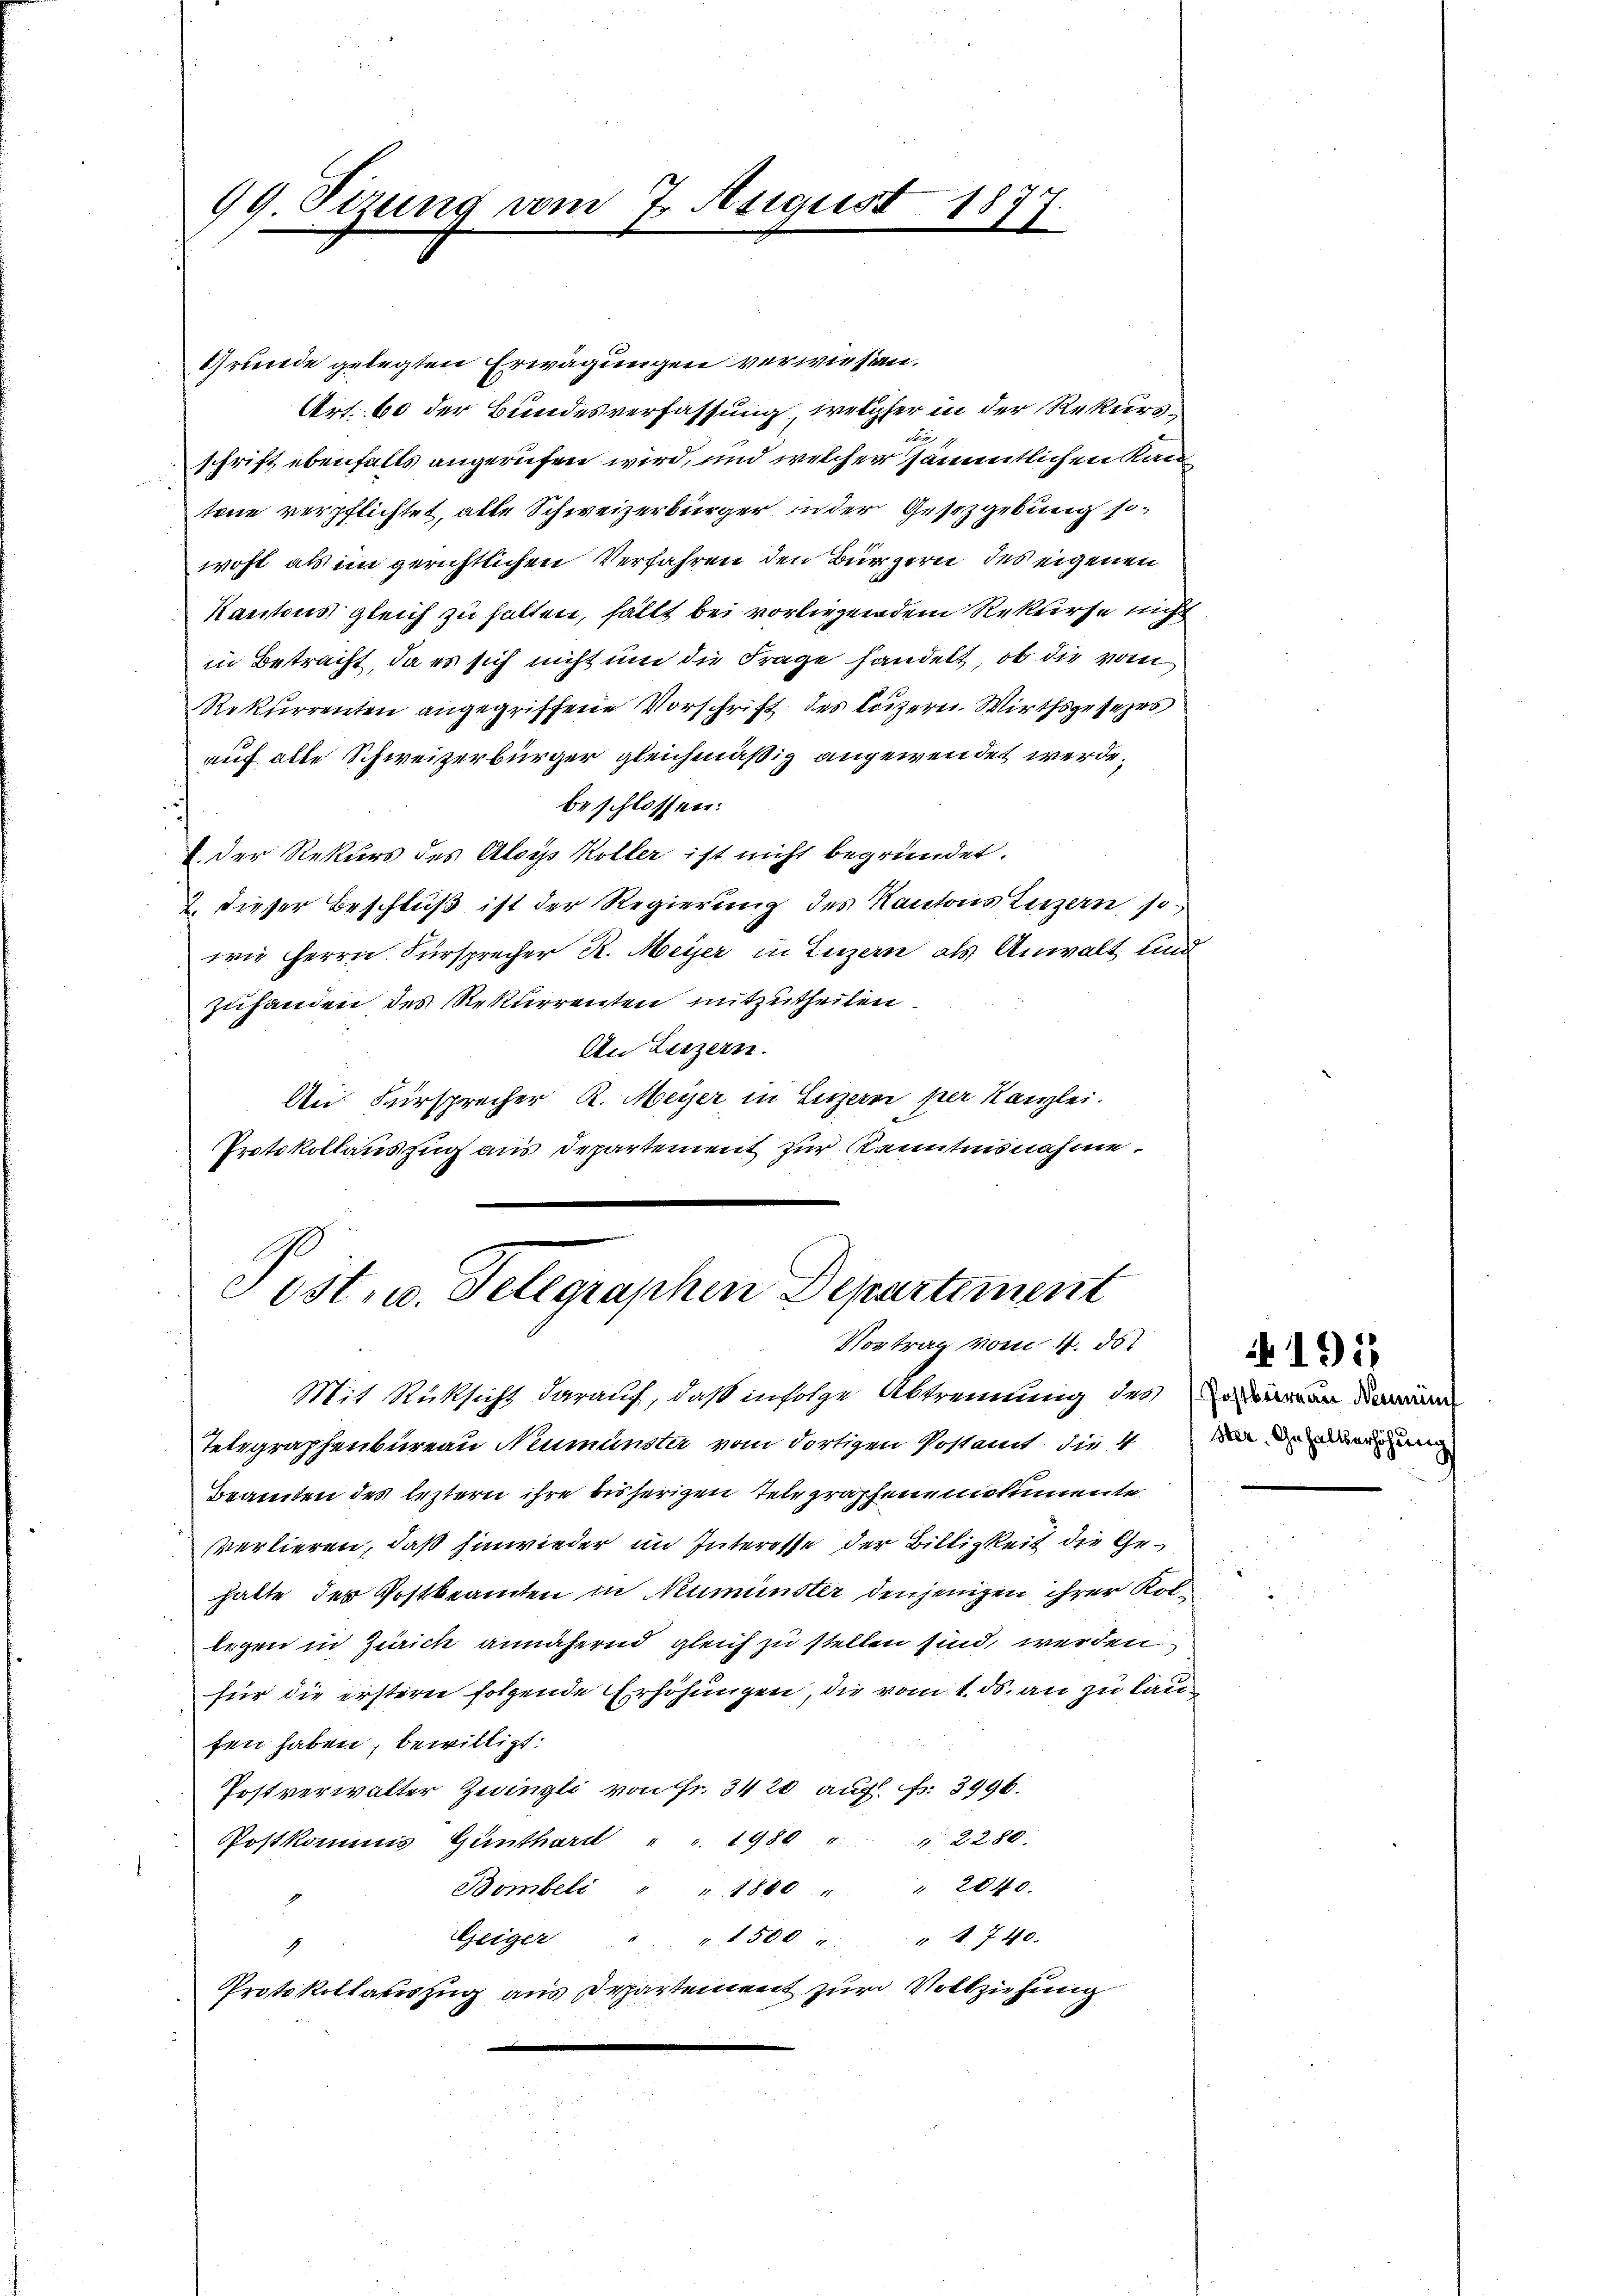
99 Sizung vom 7. August 183
.
F.

Grunde gelegten Erwägungen verwiesen.
Art. 60 der Bundesverfassung welcher in der Rekursschrift ebenfalls angerufen wird, und welcher sämmtlichen Kan
tene verpflichtet, alle Schweizerbürger in der Gesetzgebung sowohl als im gerichtlichen Verfahren den Bürgern des eigenen
Kantons gleich zu halten, fällt bei vorliegen dem Rekurse nicht
in Betracht, da es sich nicht um die Frage handelt, ob die vom
Rekurrenten angegriffene Vorschrift des Luzern. Wirthsgesezes
auf alle Schweizerbürger gleichmäßig angewendet werde.
beschlossen:
i
.Der Rekurs des Aloys Koller ist nicht begründet.
2. dieser Beschluß ist der Regierung des Kantons Luzern, sowie Herrn. Fürsprecher R. Meyer in Luzern als Anwalt und
zuhanden des Rekurrenten mitzutheilen.
An Luzern.
An Fürsprecher R. Meyer in Luzern per Kanzlei.
Protokollauszug aus Departement zur Kenntnisnahme.

Pöst, u. Telegraphen Departement
Vortrag vom 4. ds.

Mit Rüksicht darauf, daß infolge Abtrennung des an dann
Tetegraphenbureau Neumünster vom dortigen Postamt die 4 an denen
Beamten des leztern ihre bisherigen Telegraphenemolumente
sverlieren, daß hinwieder im Interesse der Billigkeit die Gehalte der Postbeamten in Neumünster denjenigen ihrer Kollegen in Zürich annähernd gleich zu stellen sind, werden
für die erstern folgende Erhöhungen, die vom 1. ds. an zu laufen haben, bewilligt:
Postverwalter Zwingli von Fr. 3420. auf Fr. 3996.
Postkommis Ganthard " " 1980 " " 2280.
Bombel " " 1800 " " 2040.
Geiger " " 1500 . " " 740.
Protokollauszug aus Departenweit zur Vollziehung

1915